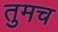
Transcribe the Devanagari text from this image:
तुमच